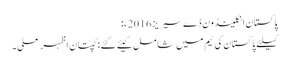
پاکستان انگلینڈوَن ڈے سیریز 2016ء:
کیلئے پاکستان کی ٹیم میں شامل کیئے گئے : کپتان اظہر علی ۔